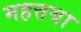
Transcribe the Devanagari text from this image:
महत्तया